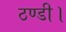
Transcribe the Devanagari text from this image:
ठण्डी।